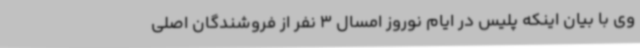
وی با بیان اینکه پلیس در ایام نوروز امسال 3 نفر از فروشندگان اصلی